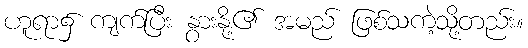
ဟူရာ၌ ကျက်ပြီး နွားနို့၏ အမည် ဖြစ်သကဲ့သို့တည်း။